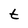
Character: t